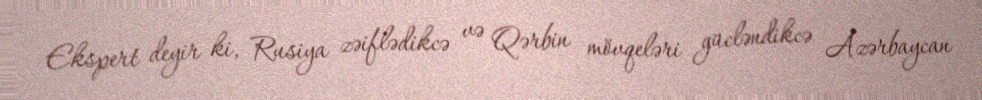
Ekspert deyir ki, Rusiya zəiflədikcə və Qərbin mövqeləri gücləndikcə Azərbaycan